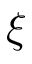
\xi